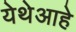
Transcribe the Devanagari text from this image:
येथेआहे